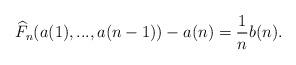
LaTeX: \begin{align*}\widehat{F}_n(a(1),...,a(n-1)) - a(n) = \frac{1}{n}b(n).\end{align*}